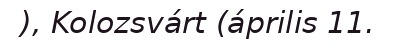
), Kolozsvárt (április 11.